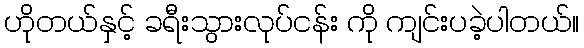
ဟိုတယ်နှင့် ခရီးသွားလုပ်ငန်း ကို ကျင်းပခဲ့ပါတယ်။